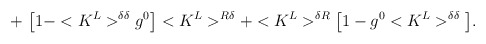
\begin{align*}+\,\,\big[1-<K^L>^{\delta\delta}g^0\big]<K^L>^{R\delta}+<K^L>^{\delta R}\big[1-g^0<K^L>^{\delta\delta}\big].\end{align*}